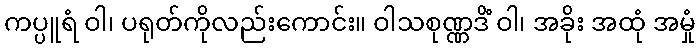
ကပ္ပူရံ ဝါ၊ ပရုတ်ကိုလည်းကောင်း။ ဝါသစုဏ္ဏဒိံ ဝါ၊ အခိုး အထုံ အမှုံ